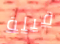
قبلة